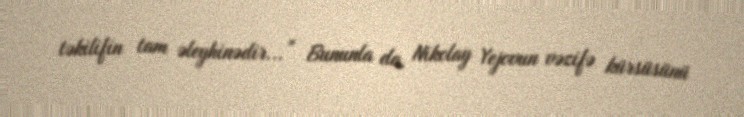
təkilifin tam əleyhinədir...” Bununla da, Nikolay Yejovun vəzifə kürsüsünü